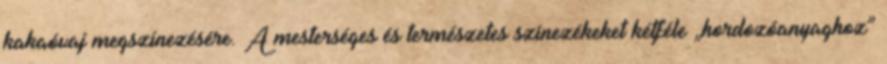
kakaóvaj megszínezésére. A mesterséges és természetes színezékeket kétféle „hordozóanyaghoz”